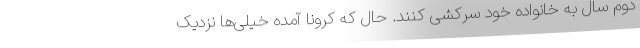
دوم سال به خانواده خود سرکشی کنند. حال که کرونا آمده خیلی‌ها نزدیک